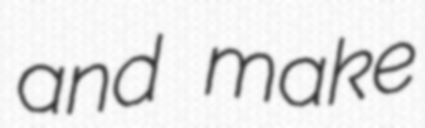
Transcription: and make